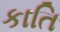
કાતિ